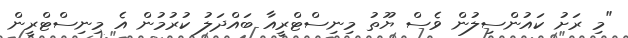
"މި ރަށު ކައުންސިލުން ވެސް ޔޫތު މިނިސްޓްރީއާ ބައްދަލު ކުރުމުން އެ މިނިސްޓްރީން